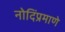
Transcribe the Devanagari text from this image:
नोदिंप्रमाणे